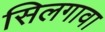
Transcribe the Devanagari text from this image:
सिलगावा